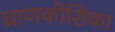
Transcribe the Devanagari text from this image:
घ्राणकोशिका